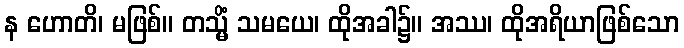
န ဟောတိ၊ မဖြစ်။ တသ္မိံ သမယေ၊ ထိုအခါ၌။ အဿ၊ ထိုအရိယာဖြစ်သော